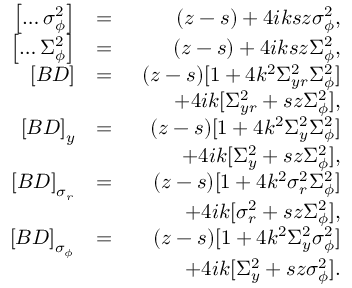
\begin{array} { r l r } { \left[ \hdots \sigma _ { \phi } ^ { 2 } \right] } & { = } & { ( z - s ) + 4 i k s z \sigma _ { \phi } ^ { 2 } , } \\ { \left[ \hdots \Sigma _ { \phi } ^ { 2 } \right] } & { = } & { ( z - s ) + 4 i k s z \Sigma _ { \phi } ^ { 2 } , } \\ { \left[ B D \right] } & { = } & { ( z - s ) [ 1 + 4 k ^ { 2 } \Sigma _ { y r } ^ { 2 } \Sigma _ { \phi } ^ { 2 } ] } \\ & { } & { \qquad + 4 i k [ \Sigma _ { y r } ^ { 2 } + s z \Sigma _ { \phi } ^ { 2 } ] , } \\ { \left[ B D \right] _ { y } } & { = } & { ( z - s ) [ 1 + 4 k ^ { 2 } \Sigma _ { y } ^ { 2 } \Sigma _ { \phi } ^ { 2 } ] } \\ & { } & { \qquad + 4 i k [ \Sigma _ { y } ^ { 2 } + s z \Sigma _ { \phi } ^ { 2 } ] , } \\ { \left[ B D \right] _ { \sigma _ { r } } } & { = } & { ( z - s ) [ 1 + 4 k ^ { 2 } \sigma _ { r } ^ { 2 } \Sigma _ { \phi } ^ { 2 } ] } \\ & { } & { \qquad + 4 i k [ \sigma _ { r } ^ { 2 } + s z \Sigma _ { \phi } ^ { 2 } ] , } \\ { \left[ B D \right] _ { \sigma _ { \phi } } } & { = } & { ( z - s ) [ 1 + 4 k ^ { 2 } \Sigma _ { y } ^ { 2 } \sigma _ { \phi } ^ { 2 } ] } \\ & { } & { \qquad + 4 i k [ \Sigma _ { y } ^ { 2 } + s z \sigma _ { \phi } ^ { 2 } ] . } \end{array}